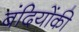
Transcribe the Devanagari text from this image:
बंदियोंकी